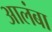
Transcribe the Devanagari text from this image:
आलंबा